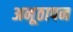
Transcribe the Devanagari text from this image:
अनूठापन